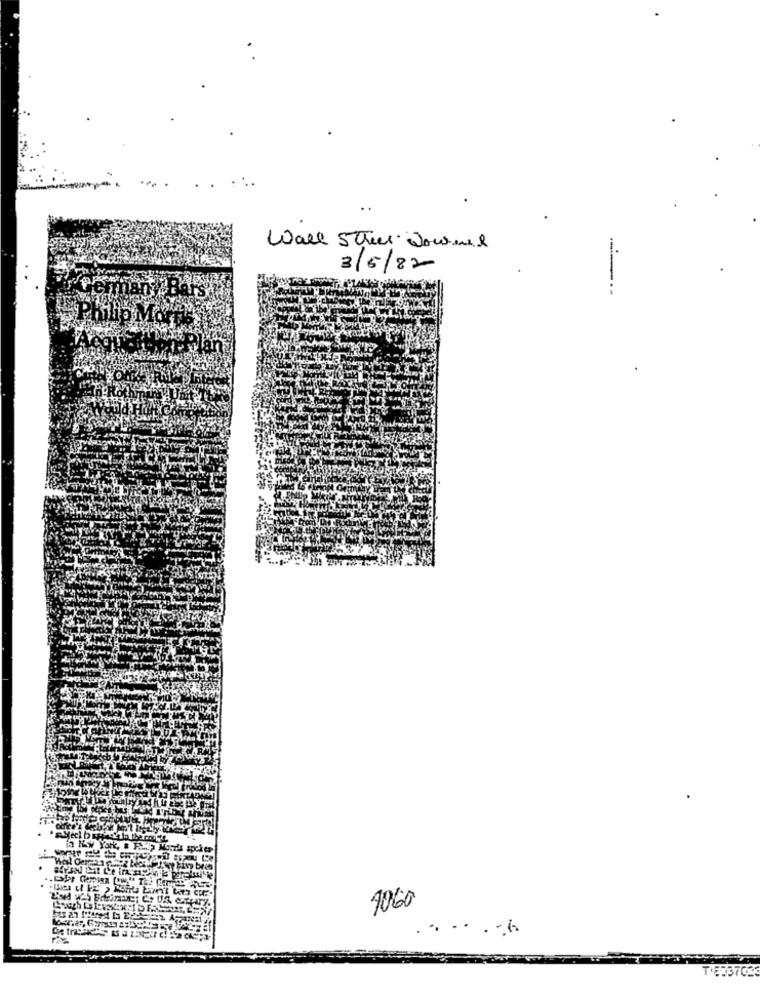
Wall Street Journal
3/5/82
Ars
fa Kw Yor
bris
1060
T'8837023